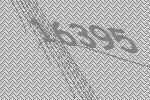
16395